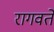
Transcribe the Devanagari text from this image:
रागवते